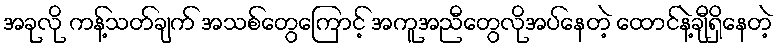
အခုလို ကန့်သတ်ချက် အသစ်တွေကြောင့် အကူအညီတွေလိုအပ်နေတဲ့ ထောင်နဲ့ချီရှိနေတဲ့